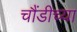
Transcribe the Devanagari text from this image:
चौंडीच्या